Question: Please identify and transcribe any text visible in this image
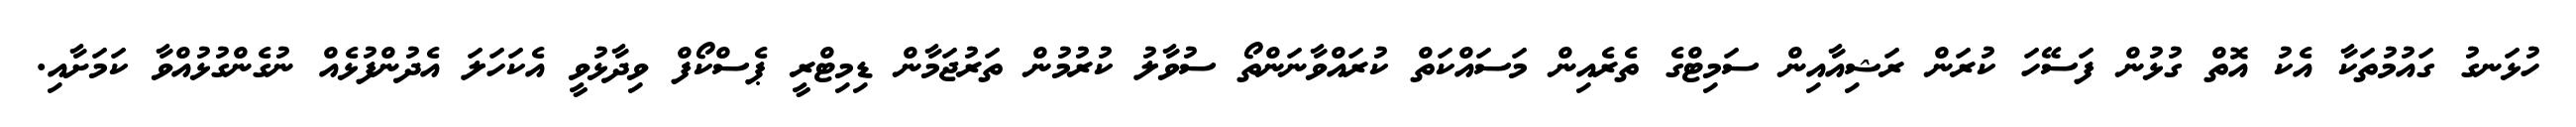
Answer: ހުޅަނގު ގައުމުތަކާ އެކު އޮތް ގުޅުން ފަސޭހަ ކުރަން ރަޝިއާއިން ސަމިޓްގެ ތެރެއިން މަސައްކަތް ކުރައްވާނަންތޯ ސުވާލު ކުރުމުން ތަރުޖަމާން ޑިމިޓްރީ ޕެސްކޯފް ވިދާޅުވީ އެކަހަލަ އެދުންފުޅެއް ނުގެންގުޅުއްވާ ކަމަށާއި.